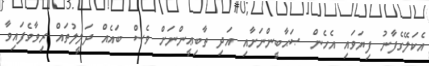
އެކަލޭގެފާނު ފިޔަވައި އެހެން ޞަޙާބީންނަށާއި އަދި ތާބިޢީންނަށް ވެސް ބައެއް ދަލީލުތައް ރިވާވެފައިވާ